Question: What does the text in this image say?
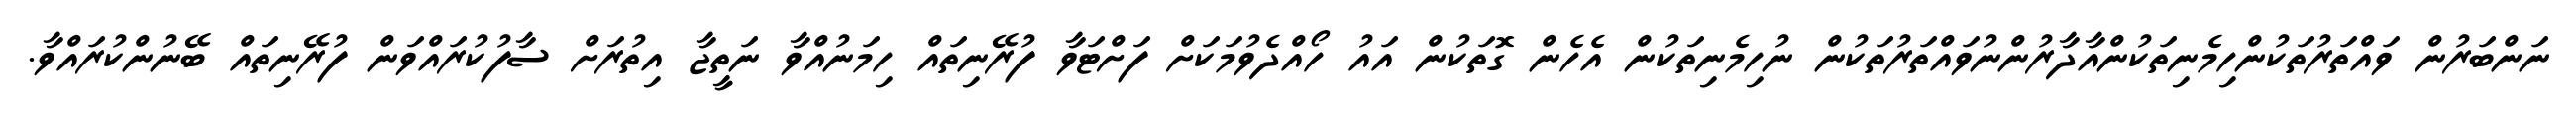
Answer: ނަންބަރުން ވައްތަރުތަކުންހިމެނިތަކުންއާދާރުންނުވައްތަރުތަކުން ނުހިމެނިތަކުން އެހެން ގޮތަކުން އައު ހޯއްދެވުމަކަށް ފަށްޓަވާ ފުރޭނިތައް ހިމަނުއްވާ ނަތީޖާ އިތުރަށް ސާފުކުރައްވަން ފުރޭނިތައް ބޭނުންކުރައްވާ.